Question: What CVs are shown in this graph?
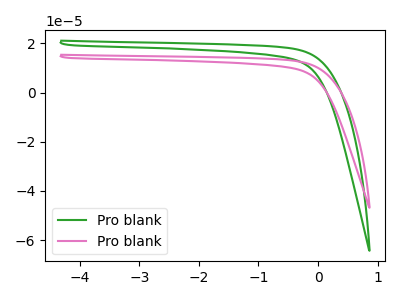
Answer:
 <answer>The green curve is labeled "Pro blank1". The pink curve is labeled "Pro blank2".</answer>
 <eval></eval>